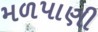
મળપાણી